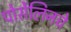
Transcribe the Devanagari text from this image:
पोर्सेलिनचे